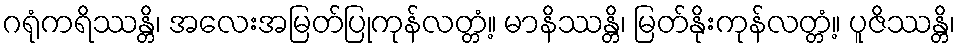
ဂရုံကရိဿန္တိ၊ အလေးအမြတ်ပြုကုန်လတ္တံ့။ မာနိဿန္တိ၊ မြတ်နိုးကုန်လတ္တံ့။ ပူဇိဿန္တိ၊